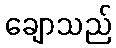
ချောသည်